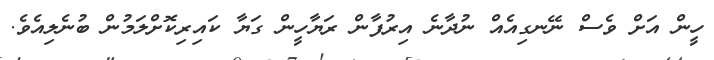
ހީން އަށް ވެސް ނޭނގިއެއް ނުދާނެ އިރުފާން ރަޔާހީން ގަޔާ ކައިރިކޮށްލަމުން ބުނެލިއެވެ.